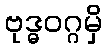
ဗုဒ္ဓဝဂ္ဂမှိ